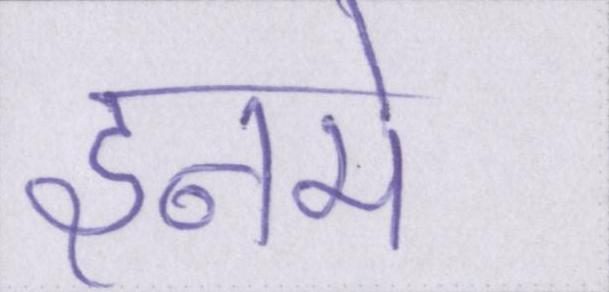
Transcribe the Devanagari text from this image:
इनमे